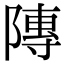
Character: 䧠